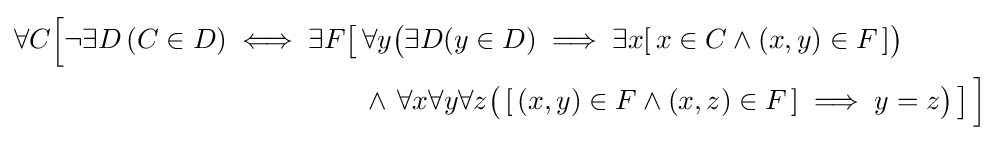
{\begin{aligned}\forall C{\Bigl [}\lnot \exists D\left(C\in D\right)\iff \exists F{\bigl [}&\,\forall y{\bigl (}\exists D(y\in D)\implies \exists x[\,x\in C\land (x,y)\in F\,]{\bigr )}\\&\,\land \,\forall x\forall y\forall z{\bigl (}\,[\,(x,y)\in F\land (x,z)\in F\,]\implies y=z{\bigr )}\,{\bigr ]}\,{\Bigr ]}\end{aligned}}